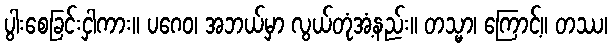
ပွါးစေခြင်းငှါကား။ ပဂေဝ၊ အဘယ်မှာ လွယ်တုံအံ့နည်း။ တသ္မာ၊ ကြောင့်။ တဿ၊